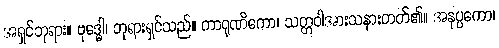
အရှင်ဘုရား။ ဗုဒ္ဓေါ၊ ဘုရားရှင်သည်။ ကာရုဏိကော၊ သတ္တဝါအားသနားတတ်၏။ အနုပ္ပကော၊